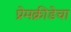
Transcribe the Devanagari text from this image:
प्रेमक्रीडेचा